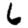
Digit: 6